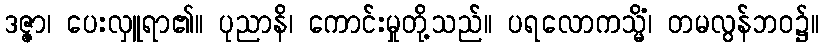
ဒဇ္ဇာ၊ ပေးလှူရာ၏။ ပုညာနိ၊ ကောင်းမှုတို့သည်။ ပရလောကသ္မိံ၊ တမလွန်ဘဝ၌။